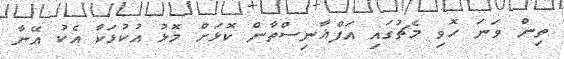
ތިން ވަނަ ހޮވި މެޗުގައި އަފްޣާނިސްތާން ކޮޅަށް މޮޅު އުކުޅަކާ އެކު އޭނާ